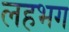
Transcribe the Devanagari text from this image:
लहभग